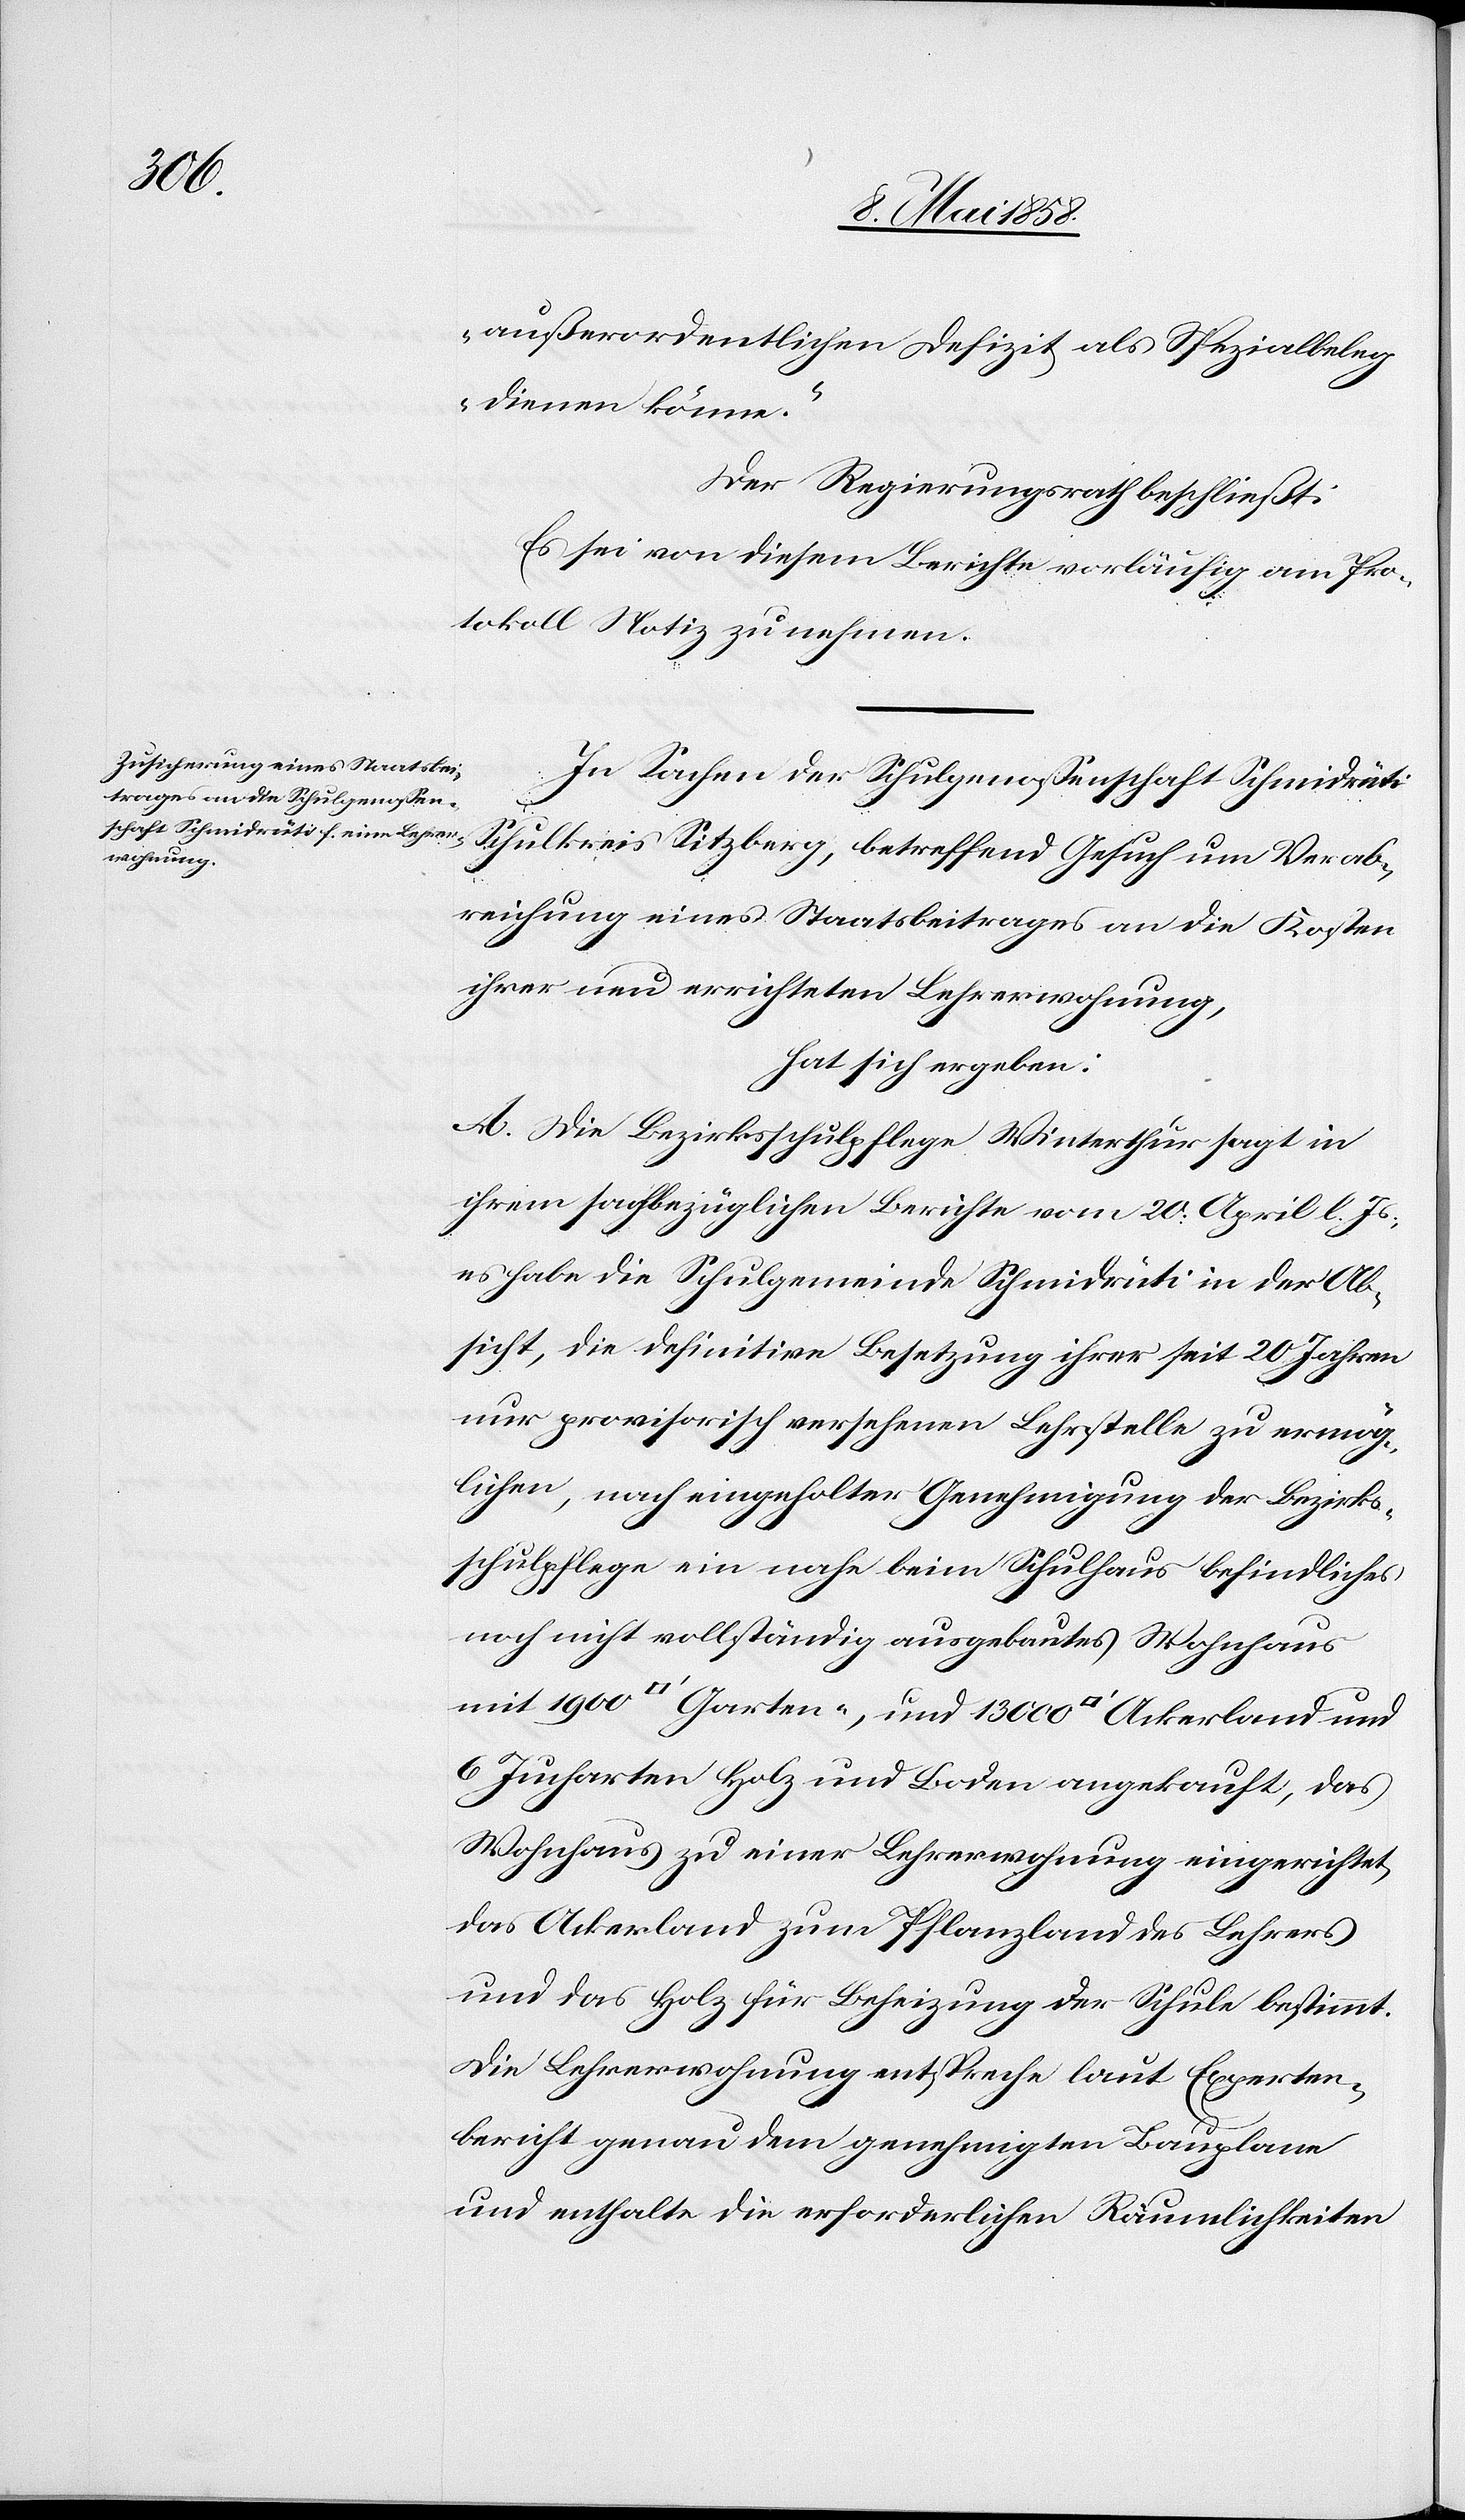
außerordentlichen Defizit als Spezialbeleg
dienen könne.“
Der Regierungsrath beschließt:
Es sei von diesem Berichte vorläufig am Pro¬
tokoll Notiz zu nehmen.
In Sachen der Schulgenossenschaft Schmidrüti
Schulkreis Sitzberg, betreffend Gesuch um Verab¬
reichung eines Staatsbeitrages an die Kosten
ihrer neu errichteten Lehrerwohnung,
hat sich ergeben:
A. Die Bezirksschulpflege Winterthur sagt in
ihrem sachbezüglichen Berichte vom 20. April l. Js.,
es habe die Schulgemeinde Schmidrüti in der Ab¬
sicht, die definitive Besetzung ihrer seit 20 Jahren
nur provisorisch versehenen Lehrstelle zu ermög¬
lichen, nach eingeholter Genehmigung der Bezirkss¬
chulpflege ein nahe beim Schulhause befindliches
000
noch nicht vollständig ausgebautes Wohnhaus
6 Jucharten Holz und Boden abgekauft, das
Wohnhaus zu einer Lehrerwohnung eingerichtet,
das Ackerland zum Pflanzland des Lehrers
und das Holz für Beheizung der Schule bestimmt.
Die Lehrerwohnung entspreche laut Experten¬
bericht genau dem genehmigten Bauplane
und enthalte die erforderlichen Räumlichkeiten